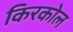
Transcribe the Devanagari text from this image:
किरकोल